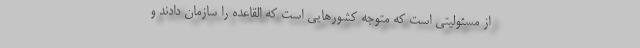
از مسئولیتی است که متوجه کشورهایی است که القاعده را سازمان دادند و